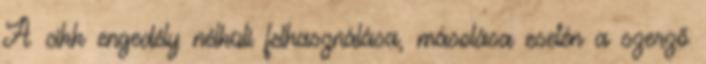
A cikk engedély nélküli felhasználása, másolása esetén a szerző